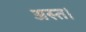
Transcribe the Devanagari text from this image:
अस्त।